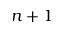
n + 1